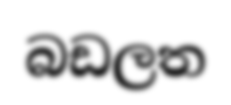
බඩලත